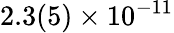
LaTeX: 2.3(5)\times 10^{-11}